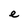
Character: e